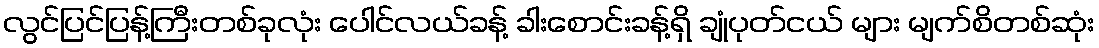
လွင်ပြင်ပြန့်ကြီးတစ်ခုလုံး ပေါင်လယ်ခန့် ခါးစောင်းခန့်ရှိ ချုံပုတ်ငယ် များ မျက်စိတစ်ဆုံး